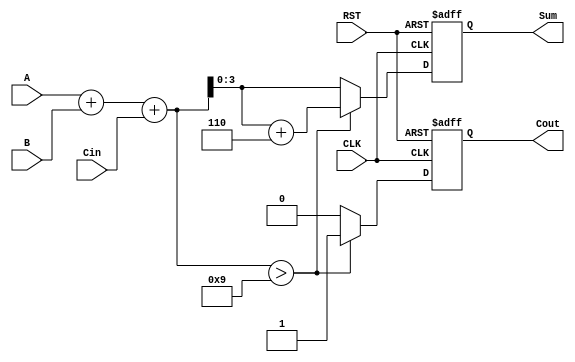
module BCD_Synchronous_Adder (
    input  wire [3:0] A,      // First BCD digit
    input  wire [3:0] B,      // Second BCD digit
    input  wire Cin,           // Carry input
    input  wire CLK,           // Clock signal
    input  wire RST,           // Reset signal
    output reg  [3:0] Sum,     // BCD sum output
    output reg  Cout           // Carry output
);

    reg [4:0] binary_sum;      // 5-bit to accommodate carry

    always @(posedge CLK or posedge RST) begin
        if (RST) begin
            Sum <= 4'b0000;     // Initialize Sum to 0
            Cout <= 1'b0;       // Initialize Cout to 0
        end else begin
            // Step 1: Calculate binary sum
            binary_sum = A + B + Cin;

            // Step 2: BCD correction if necessary
            if (binary_sum > 5'd9) begin
                binary_sum = binary_sum + 5'd6; // Add 6 for BCD correction
                Cout <= 1'b1;                   // Set carry out
            end else begin
                Cout <= 1'b0;                   // No carry out
            end

            // Step 3: Assign the corrected sum to the output
            Sum <= binary_sum[3:0]; // Take the lower 4 bits as the BCD sum
        end
    end

endmodule